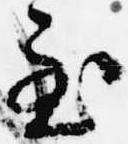
至